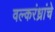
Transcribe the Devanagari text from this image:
वल्करंध्रांचे